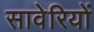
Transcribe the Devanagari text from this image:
सावेरियों